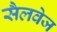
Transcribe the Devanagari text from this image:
सैलवेज